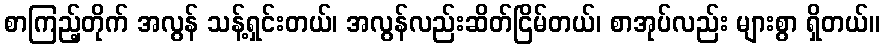
စာကြည့်တိုက် အလွန် သန့်ရှင်းတယ်၊ အလွန်လည်းဆိတ်ငြိမ်တယ်၊ စာအုပ်လည်း များစွာ ရှိတယ်။